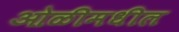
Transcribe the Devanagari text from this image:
ओळीमधील